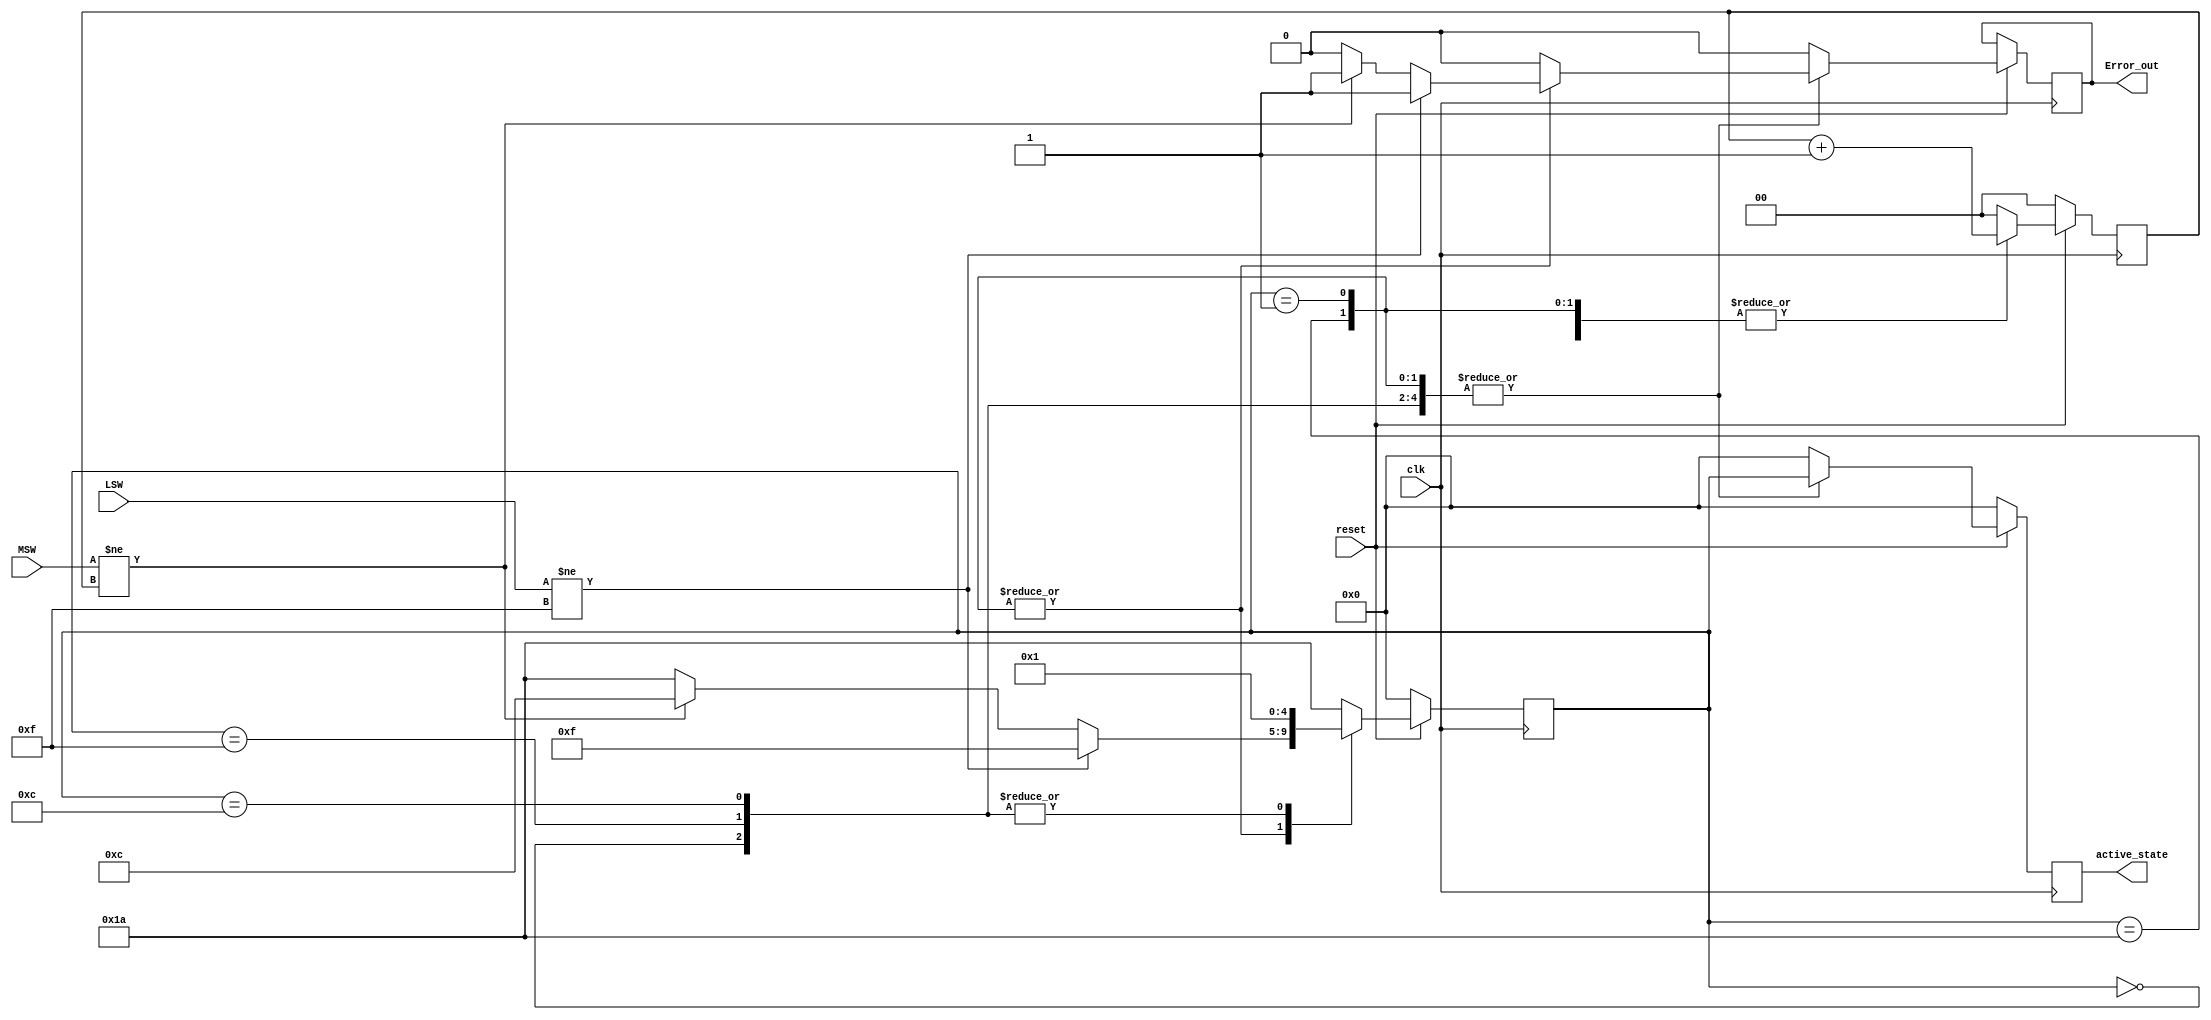
/////////////////////////////////                      .        .
//  Brandon Equivel             //                        .  .
//  brandon.esquivel@ucr.ac.cr   ///////////............///////                               //////////.............//////    .                              //
//  June, 2020                 //                        .    .      .
////////////////////////////////                       .
      ///           ///
    ///               ///
  ///                   ///
////                    /////

// Implementation of FSM to control dataflux.

// Revision version: 0.3

`ifndef FSM
`define FSM

module msf #(
    parameter WORD_SIZE = 4

)

(
    input wire clk,
    input wire reset,
    input wire [WORD_SIZE -1:0] MSW,
    input wire [WORD_SIZE -1:0] LSW,
    
    output reg Error_out,
    output reg [4:0] active_state
    );

    /// registers or flip flop
    reg [4:0] state;
    reg [4:0] next_state;
    reg [4:0] error;
    reg       next_error;
    reg [1:0] iterator;
  
    //states
    parameter RESET     =   'b00000;    // 00    RESET CODE
    parameter FIRST_PKT =   'b00001;    // 01    First pkt code
    parameter REG_PKT   =   'b11010;    // 1A    Reg code
    parameter F_ERROR   =   'b01111;    // 0F    error F code
    parameter SEQ_ERROR =   'b01100;    // 0C    seq error code



    always @(posedge clk)begin
        if (!reset) begin
            state                <= RESET;
            error                <= 0;
            active_state         <= 0;
            iterator             <= 0;
        end else begin        
            state                <= next_state;
            iterator             <= {iterator} + 1;
            Error_out            <= next_error; 

    //always @(*)begin
    //////////////////////////////////////////////////////////////.....
            case (state)
                RESET: begin
                    error                   <= 0;
                    active_state            <= state;
                end

                FIRST_PKT: begin
                    error                   <= 0;
                    active_state            <= state;
                    end


                REG_PKT : begin
                    error                   <= 0;
                    active_state            <= state;
                    end 

                F_ERROR: begin
                    error                   <= F_ERROR;
                    active_state            <= state;
                    iterator                <= 0;

                end

                SEQ_ERROR: begin
                    error                   <= SEQ_ERROR;
                    active_state            <= state;
                    iterator                <= 0;
                end

                default: begin
                    error                   <= 0;
                    Error_out               <= 0;
                    active_state            <= RESET;
                    iterator                <= 0;
                end

            endcase
        end 
    end

    always @(*) begin
        if (!reset) begin
            next_error        =  0;
            next_state        = RESET;
        end else begin

        case (state)
            RESET: begin
                next_state              = FIRST_PKT;
                next_error              = 0;
            
            end
            FIRST_PKT: begin
                if (LSW != 4'hF) begin
                    next_state              = F_ERROR;
                    next_error              = 1;
                end else begin
                if (MSW != iterator ) begin
                    next_state              = SEQ_ERROR;
                    next_error              = 1;
                end else begin
                    next_state              = REG_PKT;
                    next_error              = 0;
                    end
                end
            end    

            REG_PKT : begin
                if (LSW != 'hF) begin
                    next_state              = F_ERROR;
                    next_error              = 1;
                end else begin
                if (MSW != iterator ) begin
                    next_state              = SEQ_ERROR;
                    next_error              = 1;
                end else begin
                    next_state              = REG_PKT;
                    next_error              = 0;
                    end
                end
            end
            
            F_ERROR: begin
                next_state                  = FIRST_PKT;
                next_error                  = 0;
            end
            
            
            SEQ_ERROR: begin
                next_state              = FIRST_PKT;
                next_error              = 0;
             end

            default: begin
                next_state              = REG_PKT;
                next_error              = 0;
            end

        endcase
        end
    end

endmodule

// Local Variables:
// verilog-library-directories:("."):
// End:
`endif